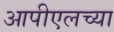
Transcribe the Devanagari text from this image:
आपीएलच्या